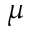
\mu